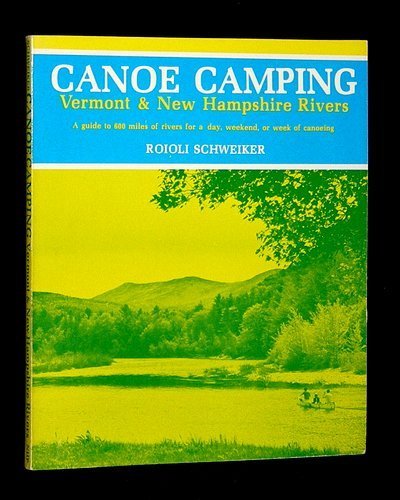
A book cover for Canoe camping, Vermont & New Hampshire rivers: A guide to 600 miles of rivers for a day, weekend, or week of canoeing; Roioli Schweiker; Travel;